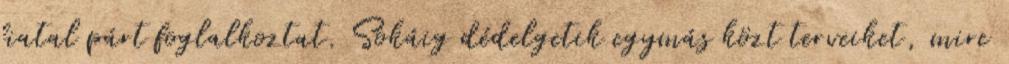
fiatal párt foglalkoztat. Sokáig dédelgetik egymás közt terveiket, mire